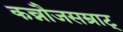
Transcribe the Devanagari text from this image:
कन्नौजसम्राट्